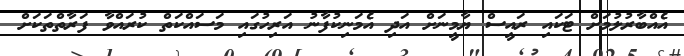
އެއްބާރުލުމަށް ޓަކައި ރައީސް ޔާމީނަށް އަދި އެމަނިކުފާނު އަރިހުގައި މަސައްކަތް ކުރައްވާ ފަރާތްތަކަށް